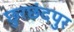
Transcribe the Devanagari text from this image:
छुरछंदपुर